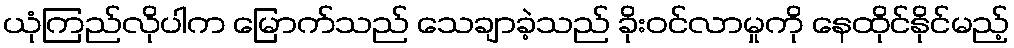
ယုံကြည်လိုပါက မြောက်သည် သေချာခဲ့သည် ခိုးဝင်လာမှုကို နေထိုင်နိုင်မည့်